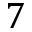
7